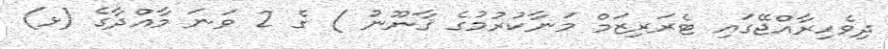
ދިވެހިރާއްޖޭގައި ޓެރަރިޒަމް މަނާކުރުމުގެ ޤާނޫނު ) ގެ 2 ވަނަ މާއްދާގެ (ޅ)